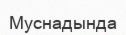
Муснадында